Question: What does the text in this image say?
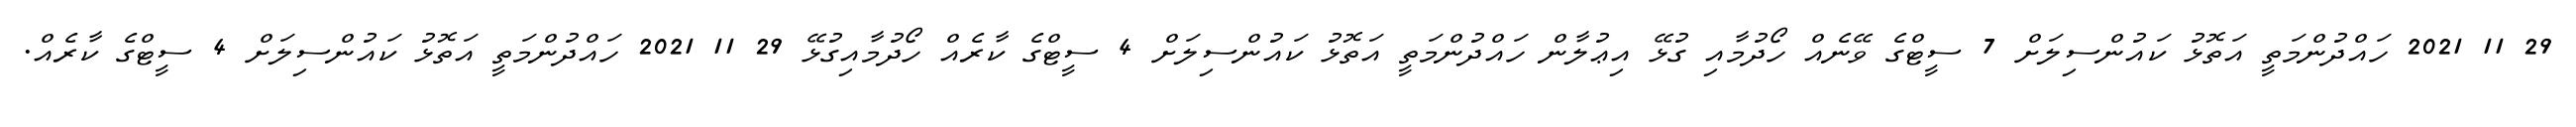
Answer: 29 11 2021 ހައްދުންމަތީ އަތޮޅު ކައުންސިލަށް 7 ސީޓްގެ ވޭނެއް ހޯދުމާއި ގުޅޭ އިޢުލާން ހައްދުންމަތީ އަތޮޅު ކައުންސިލަށް 4 ސީޓްގެ ކާރެއް ހޯދުމާއިގުޅޭ 29 11 2021 ހައްދުންމަތީ އަތޮޅު ކައުންސިލަށް 4 ސީޓްގެ ކާރެއް.